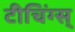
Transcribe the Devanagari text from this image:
टीचिंग्स्‌